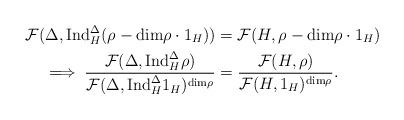
LaTeX: \begin{align*} \mathcal{F}(\Delta,\mathrm{Ind}_{H}^{\Delta}(\rho-\mathrm{dim}\rho \cdot 1_H)) &=\mathcal{F}(H,\rho-\mathrm{dim}\rho\cdot1_H)\\\implies \frac{\mathcal{F}(\Delta,\mathrm{Ind}_{H}^{\Delta}\rho)} {\mathcal{F}(\Delta,\mathrm{Ind}_{H}^{\Delta}1_H)^{\mathrm{dim}\rho}} &=\frac{\mathcal{F}(H,\rho)} {\mathcal{F}(H,1_H)^{\mathrm{dim}\rho}}. \end{align*}